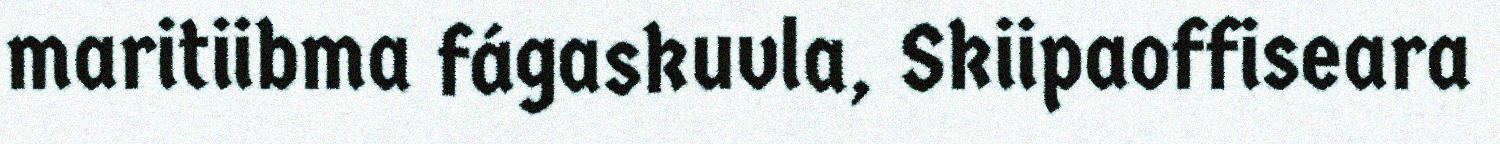
maritiibma fágaskuvla, Skiipaoffiseara